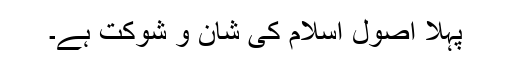
پہلا اصول اسلام کی شان و شوکت ہے۔